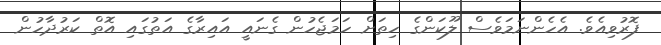
ފޮރުވިއެވެ. އެހެންނަމަވެސް ލޫކަންގެ ހިތަށް ހަމަޖެހުން ގެނައީ އައިރާގެ އަތުގައި އޮތް ކަރުދާހުން